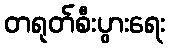
တရုတ်စီးပွားရေး